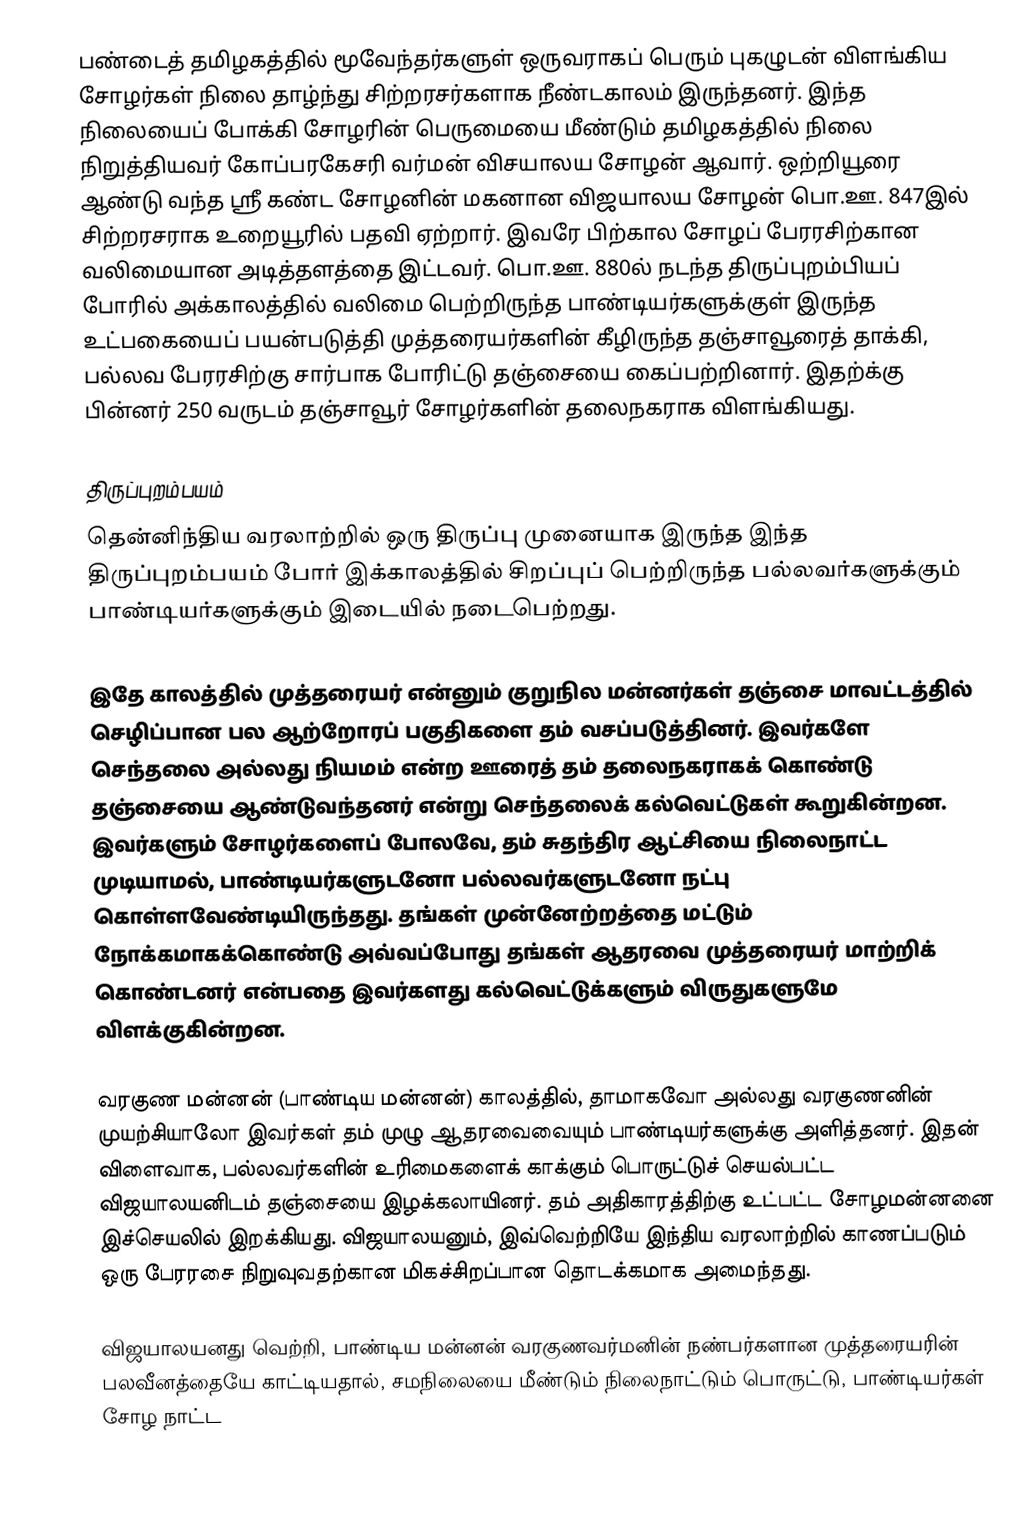
பண்டைத் தமிழகத்தில் மூவேந்தர்களுள் ஒருவராகப் பெரும் புகழுடன் விளங்கிய சோழர்கள் நிலை தாழ்ந்து சிற்றரசர்களாக நீண்டகாலம் இருந்தனர். இந்த நிலையைப் போக்கி சோழரின் பெருமையை மீண்டும் தமிழகத்தில் நிலை நிறுத்தியவர் கோப்பரகேசரி வர்மன் விசயாலய சோழன் ஆவார். ஒற்றியூரை ஆண்டு வந்த ஶ்ரீ கண்ட சோழனின் மகனான விஜயாலய சோழன் பொ.ஊ. 847இல் சிற்றரசராக உறையூரில் பதவி ஏற்றார். இவரே பிற்கால சோழப் பேரரசிற்கான வலிமையான அடித்தளத்தை இட்டவர். பொ.ஊ. 880ல் நடந்த திருப்புறம்பியப் போரில் அக்காலத்தில் வலிமை பெற்றிருந்த பாண்டியர்களுக்குள் இருந்த உட்பகையைப் பயன்படுத்தி முத்தரையர்களின் கீழிருந்த தஞ்சாவூரைத் தாக்கி, பல்லவ பேரரசிற்கு சார்பாக போரிட்டு தஞ்சையை கைப்பற்றினார். இதற்க்கு பின்னர் 250 வருடம் தஞ்சாவூர் சோழர்களின் தலைநகராக விளங்கியது.

திருப்புறம்பயம்
தென்னிந்திய வரலாற்றில் ஒரு திருப்பு முனையாக இருந்த இந்த திருப்புறம்பயம் போர் இக்காலத்தில் சிறப்புப் பெற்றிருந்த பல்லவர்களுக்கும் பாண்டியர்களுக்கும் இடையில் நடைபெற்றது.

இதே காலத்தில் முத்தரையர் என்னும் குறுநில மன்னர்கள் தஞ்சை மாவட்டத்தில் செழிப்பான பல ஆற்றோரப் பகுதிகளை தம் வசப்படுத்தினர். இவர்களே செந்தலை அல்லது நியமம் என்ற ஊரைத் தம் தலைநகராகக் கொண்டு தஞ்சையை ஆண்டுவந்தனர் என்று செந்தலைக் கல்வெட்டுகள் கூறுகின்றன. இவர்களும் சோழர்களைப் போலவே, தம் சுதந்திர ஆட்சியை நிலைநாட்ட முடியாமல், பாண்டியர்களுடனோ பல்லவர்களுடனோ நட்பு கொள்ளவேண்டியிருந்தது. தங்கள் முன்னேற்றத்தை மட்டும் நோக்கமாகக்கொண்டு அவ்வப்போது தங்கள் ஆதரவை முத்தரையர் மாற்றிக் கொண்டனர் என்பதை இவர்களது கல்வெட்டுக்களும் விருதுகளுமே விளக்குகின்றன.

வரகுண மன்னன் (பாண்டிய மன்னன்) காலத்தில், தாமாகவோ அல்லது வரகுணனின் முயற்சியாலோ இவர்கள் தம் முழு ஆதரவைவையும் பாண்டியர்களுக்கு அளித்தனர். இதன் விளைவாக, பல்லவர்களின் உரிமைகளைக் காக்கும் பொருட்டுச் செயல்பட்ட விஜயாலயனிடம் தஞ்சையை இழக்கலாயினர். தம் அதிகாரத்திற்கு உட்பட்ட சோழமன்னனை இச்செயலில் இறக்கியது. விஜயாலயனும், இவ்வெற்றியே இந்திய வரலாற்றில் காணப்படும் ஒரு பேரரசை நிறுவுவதற்கான மிகச்சிறப்பான தொடக்கமாக அமைந்தது.

விஜயாலயனது வெற்றி, பாண்டிய மன்னன் வரகுணவர்மனின் நண்பர்களான முத்தரையரின் பலவீனத்தையே காட்டியதால், சமநிலையை மீண்டும் நிலைநாட்டும் பொருட்டு, பாண்டியர்கள் சோழ நாட்ட